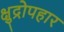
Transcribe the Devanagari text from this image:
क्षुद्रोपहार